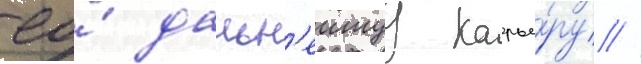
ео́ дальн'еишуу карье́ру //